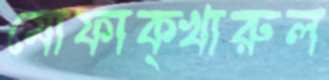
মোফাক্খারুল